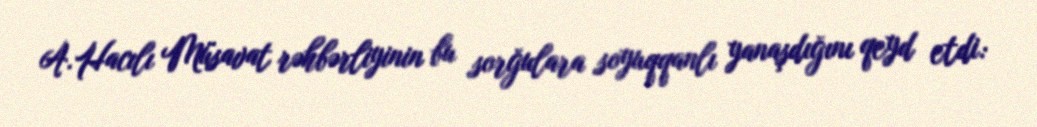
A.Hacılı Müsavat rəhbərliyinin bu sorğulara soyuqqanlı yanaşdığını qeyd etdi: